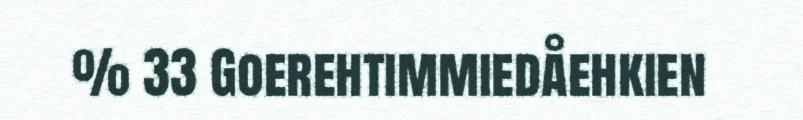
% 33 Goerehtimmiedåehkien